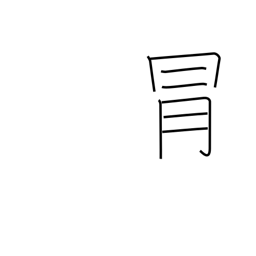
Meaning: risk